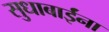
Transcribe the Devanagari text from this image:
सुधाबाईंना